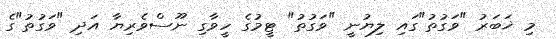
މި ޚަބަރު "ވަގުތު"ގައި ލިޔުނީ "ވަގުތު" ޓީމުގެ ހީވާގި ނޫސްވެރިޔާ އަދި "ވަގުތު"ގެ